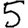
Digit: 5